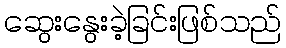
ဆွေးနွေးခဲ့ခြင်းဖြစ်သည်